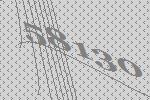
58130